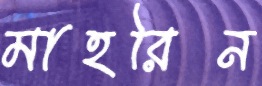
মাহরিন